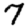
Digit: 7